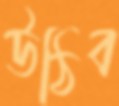
উঠিব